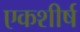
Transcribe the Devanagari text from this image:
एकशीर्ष